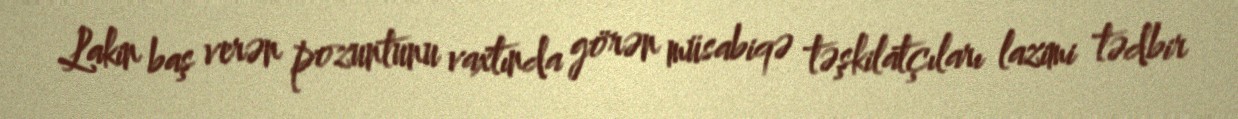
Lakin baş verən pozuntunu vaxtında görən müsabiqə təşkilatçıları lazimi tədbir